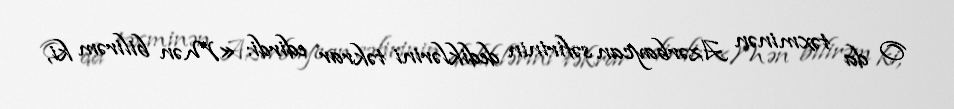
O da təxminən Azərbaycan səfirinin dediklərini təkrar edirdi: «Mən bilirəm ki,